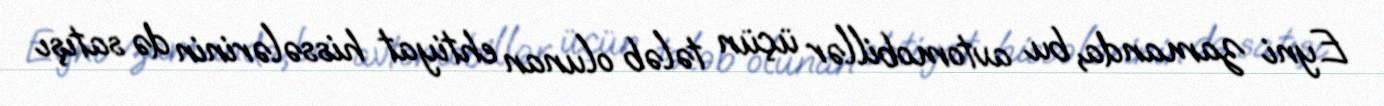
Eyni zamanda, bu avtomobillər üçün tələb olunan ehtiyat hissələrinin də satışı